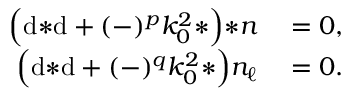
\begin{array} { r l } { \Big ( \mathrm { d } { * \mathrm { d } } + ( - ) ^ { p } k _ { 0 } ^ { 2 } { * } \Big ) { * n } } & { { } = 0 , } \\ { \Big ( \mathrm { d } { * \mathrm { d } } + ( - ) ^ { q } k _ { 0 } ^ { 2 } { * } \Big ) n _ { \ell } } & { { } = 0 . } \end{array}